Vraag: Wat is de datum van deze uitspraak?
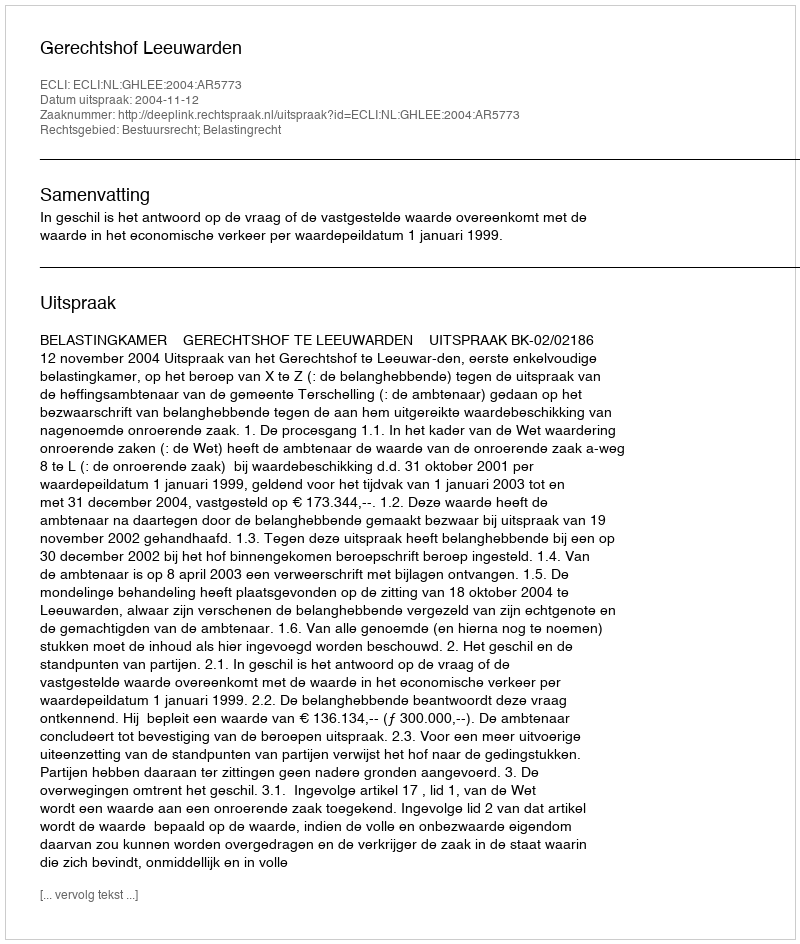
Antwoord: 2004-11-12